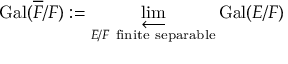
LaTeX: \operatorname { G a l } ( { \overline { { F } } } / F ) : = \varprojlim _ { E / F { \mathrm { ~ f i n i t e ~ s e p a r a b l e } } } { \operatorname { G a l } ( E / F ) }